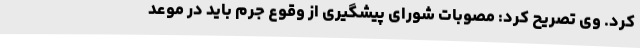
کرد. وی تصریح کرد: مصوبات شورای پیشگیری از وقوع جرم باید در موعد